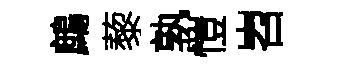
鷓藜孰愷岧